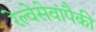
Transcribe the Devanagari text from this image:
रेल्वेसेवांपैकी